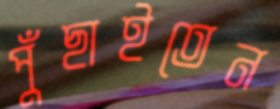
পুঁছাইতেন